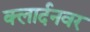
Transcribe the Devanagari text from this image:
क्लार्दनवर